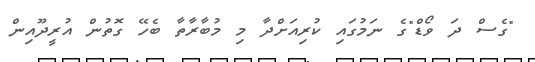
"ގެސް ދަ ވޯޑް"ގެ ނަމުގައި ކުރިއަށްދާ މި މުބާރާތާ ބެހޭ ގޮތުން އުރީދޫއިން